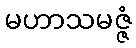
မဟာသမဇ္ဇံ